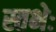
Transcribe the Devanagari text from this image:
स्तभेः